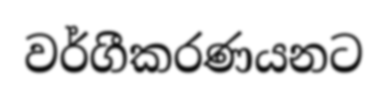
වර්ගීකරණයනට